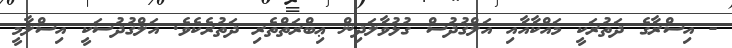
- އިސްރާގެ ދަތުރަކީ މައްކާއާއި އަލްޤުދުސް ގުޅުވާލަދިން ޢިބްރަތްތެރި ދަތުރެކެވެ. އަލްޤުދުސަކީ އިސްލާމީ